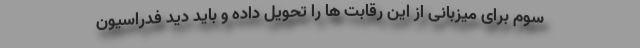
سوم برای میزبانی از این رقابت ها را تحویل داده و باید دید فدراسیون